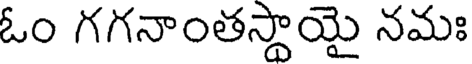
ఓం గగనాంతస్థాయై నమః